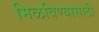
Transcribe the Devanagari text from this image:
मिळविण्‍यासाठी